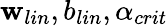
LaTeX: \mathbf{w}_{lin},b_{lin},\alpha_{crit}